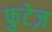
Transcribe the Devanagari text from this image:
फुटेज़